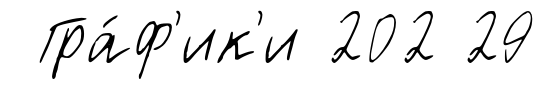
Гра́ф'ик'и 202 29